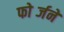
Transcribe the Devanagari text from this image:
फोर्ब्जने